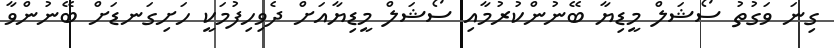
ގިނަ ވަގުތު ސޯޝަލް މީޑިޔާ ބޭނުންކުރުމާއި ސޯޝަލް މީޑިޔާއަށް ދެވިހިފުމަކީ ހަށިގަނޑަށް ބޭނުންވާ